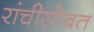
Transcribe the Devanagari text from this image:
रांचीसोबत